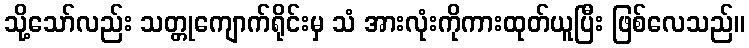
သို့သော်လည်း သတ္တုကျောက်ရိုင်းမှ သံ အားလုံးကိုကားထုတ်ယူပြီး ဖြစ်လေသည်။